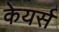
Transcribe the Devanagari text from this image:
केयर्स